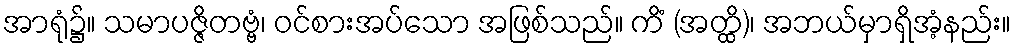
အာရုံ၌။ သမာပဇ္ဇိတဗ္ဗံ၊ ဝင်စားအပ်သော အဖြစ်သည်။ ကိံ (အတ္ထိ)၊ အဘယ်မှာရှိအံ့နည်း။